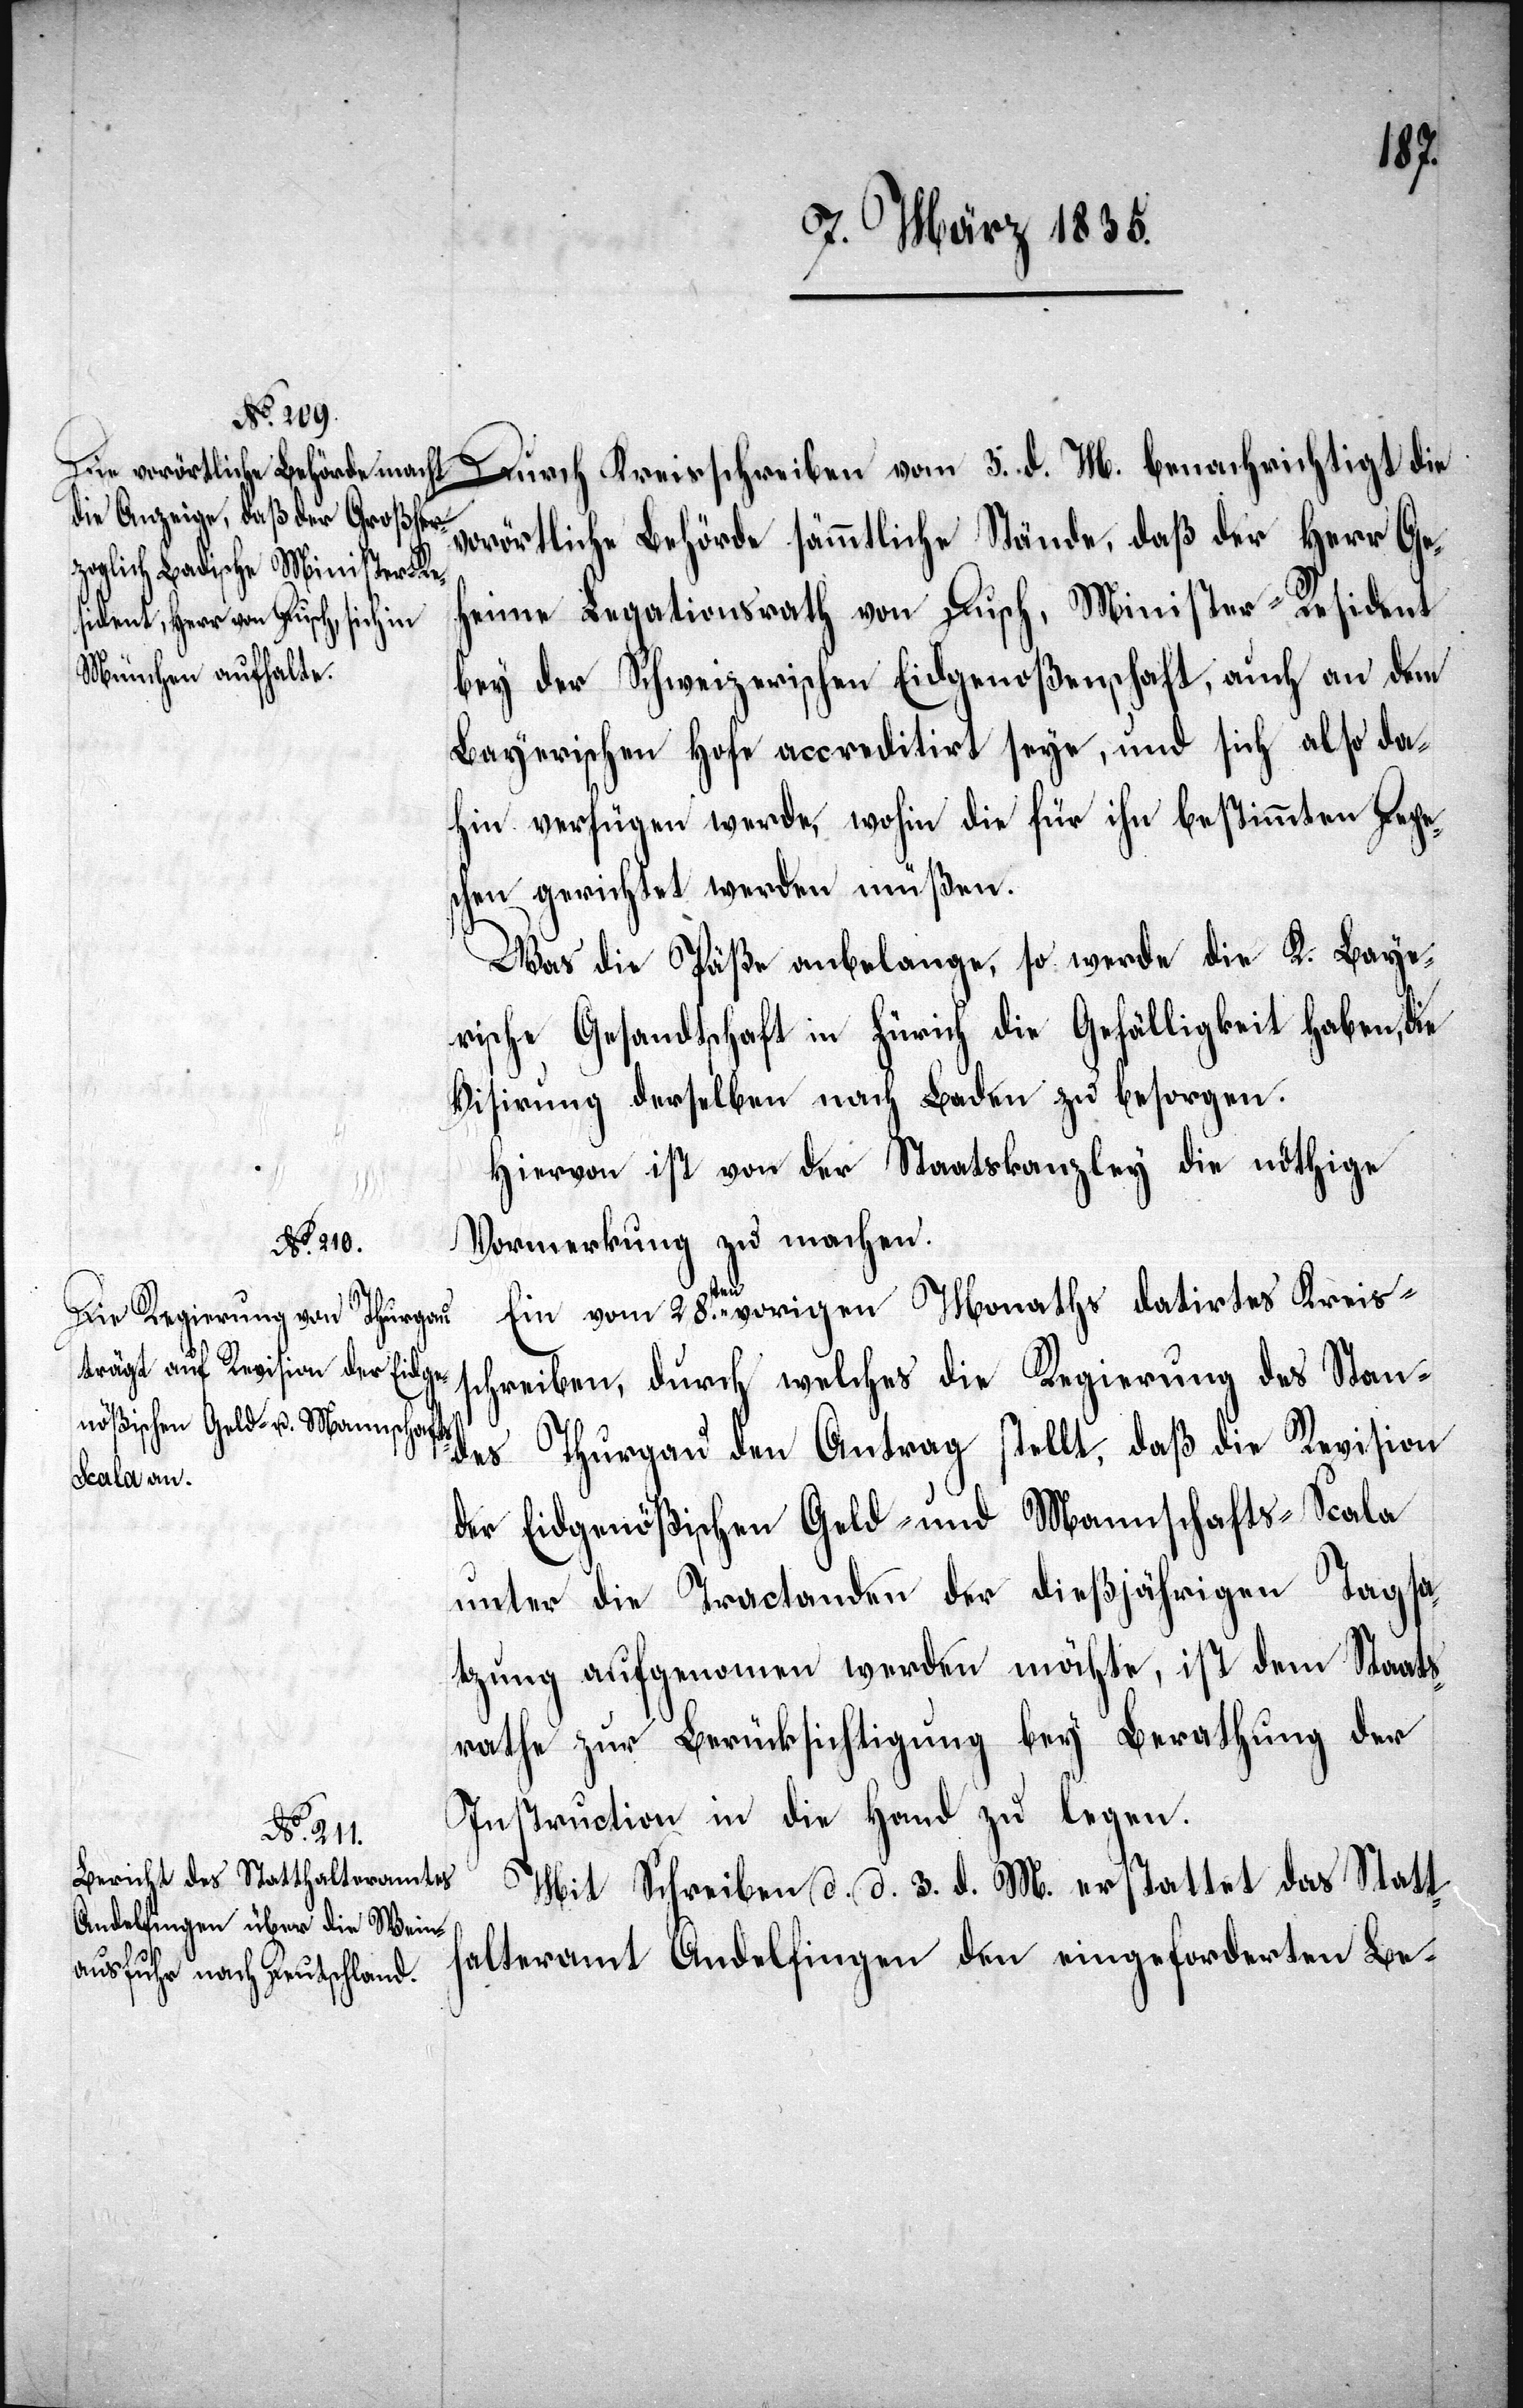
Durch Kreisschreiben vom 3. d. M. benachrichtigt die
vorörtliche Behörde sämmtliche Stände, daß der Herr Ge¬
heime Legationsrath von Dusch, Minister-Resident
bey der Schweizerischen Eidgenoßenschaft, auch an dem
Bayerischen Hofe accreditirt seye, und sich also da¬
hin verfügen werde, wohin die für ihn bestimmten Depe¬
schen gerichtet werden müßen.
Was die Päße anbelange, so werde die K. Baye¬
rische Gesandtschaft in Zürich die Gefälligkeit haben, die
Visirung derselben nach Baden zu besorgen.
Hiervon ist von der Staatskanzley die nöthige
Vormerkung zu machen.
Ein vom 28.ten vorigen Monaths datirtes Kreis¬
schreiben, durch welches die Regierung des Standes
der Eidgenößischen Geld- und Mannschafts-Scala
unter die Tractanden der dießjährigen Tagsa¬
tzung aufgenommen werden möchte, ist dem Staats¬
rathe zu Berücksichtigung bey Berathung der
Instruction in die Hand zu legen.
Mit Schreiben d. d. 3. d. M. erstattet das Statt¬
halteramt Andelfingen den eingeforderten Be-